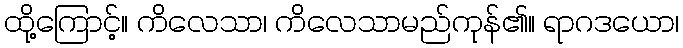
ထို့ကြောင့်။ ကိလေသာ၊ ကိလေသာမည်ကုန်၏။ ရာဂဒယော၊